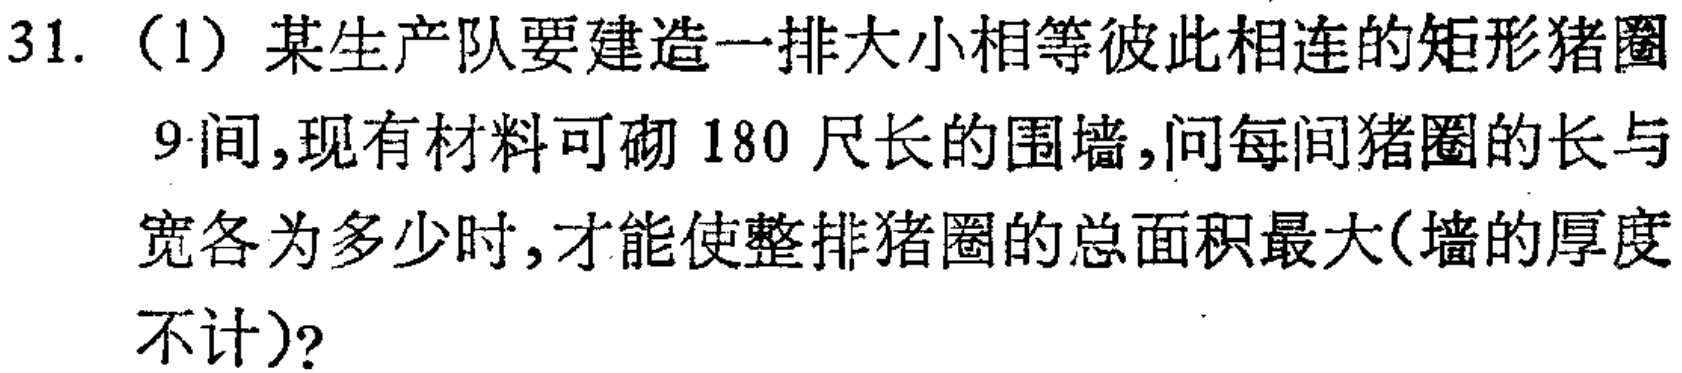
31.（1）某生产队要建造一排大小相等彼此相连的矩形猪圈

9间,现有材料可砌180尺长的围墙,问每间猪圈的长与

宽各为多少时,才能使整排猪圈的总面积最大(墙的厚度

不计)?